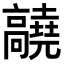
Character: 𬴝